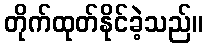
တိုက်ထုတ်နိုင်ခဲ့သည်။